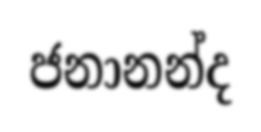
ජනානන්ද